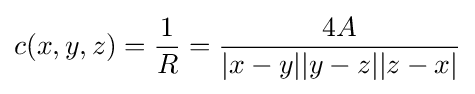
c(x,y,z)={\frac {1}{R}}={\frac {4A}{|x-y||y-z||z-x|}}